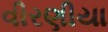
વીરણીયા